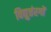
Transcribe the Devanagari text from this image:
विद्युत्तंरगों